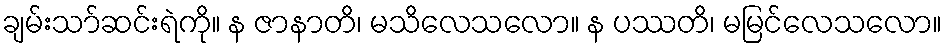
ချမ်းသာ်ဆင်းရဲကို။ န ဇာနာတိ၊ မသိလေသလော။ န ပဿတိ၊ မမြင်လေသလော။